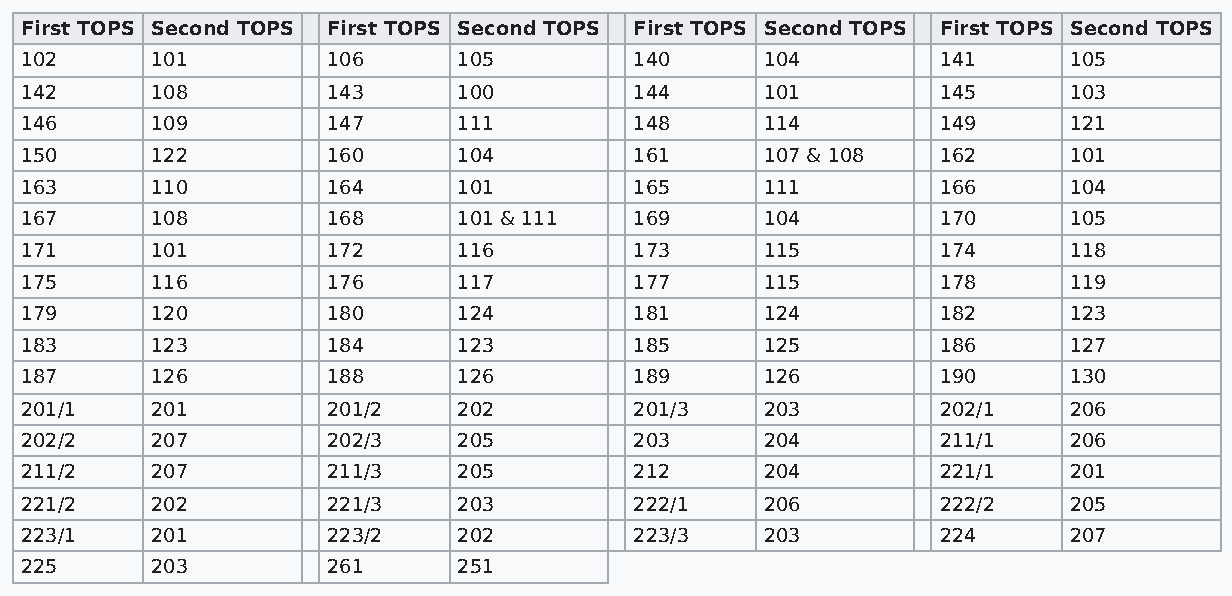
First TOPS Second TOPS First TOPS Second TOPS First TOPS Second TOPS First TOPS Second TOPS
 102      101         106     105         140      104        141      105
 142      108         143     100         144      101        145      103
 146      109         147     111         148      114        149      121
 150      122         160     104         161      107 & 108  162      101
 163      110         164     101         165      111        166      104
 167      108         168     101 & 111   169      104        170      105
 171      101         172     116         173      115        174      118
 175      116         176     117         177      115        178      119
 179      120         180     124         181      124        182      123
 183      123         184     123         185      125        186      127
 187      126         188     126         189      126        190      130
 201/1    201         201/2   202         201/3    203        202/1    206
 202/2    207         202/3   205         203      204        211/1    206
 211/2    207         211/3   205         212      204        221/1    201
 221/2    202         221/3   203         222/1    206        222/2    205
 223/1    201         223/2   202         223/3    203        224      207
 225      203         261     251